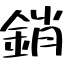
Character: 銷